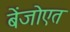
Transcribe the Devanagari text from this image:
बेंजोएत